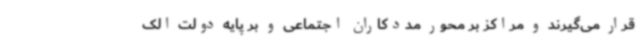
قرار می‌گیرند و مراکز بر محور مددکاران اجتماعی و بر پایه دولت الک